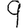
Digit: 9